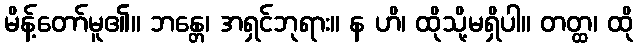
မိန့်တော်မူ၏။ ဘန္တေ၊ အရှင်ဘုရား။ န ဟိ၊ ထိုသို့မရှိပါ။ တတ္ထ၊ ထို